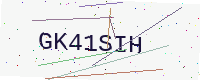
Text: GK41SIH